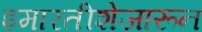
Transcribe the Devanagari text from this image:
इमारतीशेजारून